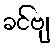
ခင်ဗျ